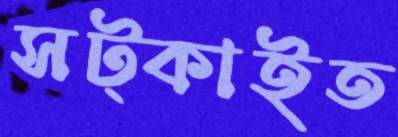
সট্‌কাইত